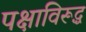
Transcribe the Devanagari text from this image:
पक्षाविरूद्ध